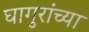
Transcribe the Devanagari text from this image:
घागुरांच्या